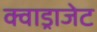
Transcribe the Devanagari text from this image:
क्वाड्राजेट